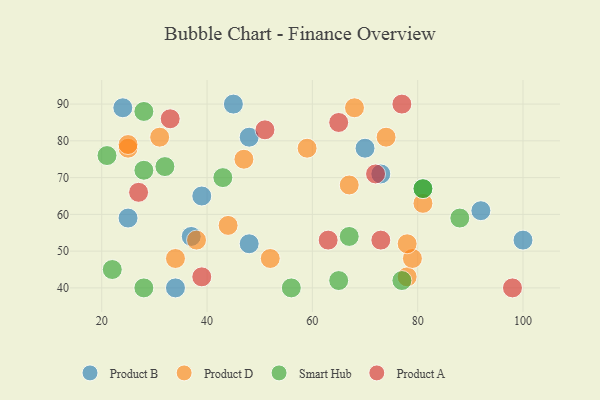
{"axis": {"x": "GDP", "y": "Life Expectancy"}, "legend": ["Product A", "Product B", "Product D", "Smart Hub"], "data": [{"x": "39", "y": 65, "type": "Product B"}, {"x": "70", "y": 78, "type": "Product B"}, {"x": "24", "y": 89, "type": "Product B"}, {"x": "34", "y": 40, "type": "Product B"}, {"x": "73", "y": 71, "type": "Product B"}, {"x": "45", "y": 90, "type": "Product B"}, {"x": "37", "y": 54, "type": "Product B"}, {"x": "100", "y": 53, "type": "Product B"}, {"x": "48", "y": 52, "type": "Product B"}, {"x": "48", "y": 81, "type": "Product B"}, {"x": "25", "y": 59, "type": "Product B"}, {"x": "92", "y": 61, "type": "Product B"}, {"x": "44", "y": 57, "type": "Product D"}, {"x": "81", "y": 63, "type": "Product D"}, {"x": "59", "y": 78, "type": "Product D"}, {"x": "78", "y": 43, "type": "Product D"}, {"x": "25", "y": 78, "type": "Product D"}, {"x": "34", "y": 48, "type": "Product D"}, {"x": "68", "y": 89, "type": "Product D"}, {"x": "38", "y": 53, "type": "Product D"}, {"x": "31", "y": 81, "type": "Product D"}, {"x": "52", "y": 48, "type": "Product D"}, {"x": "79", "y": 48, "type": "Product D"}, {"x": "67", "y": 68, "type": "Product D"}, {"x": "78", "y": 52, "type": "Product D"}, {"x": "74", "y": 81, "type": "Product D"}, {"x": "47", "y": 75, "type": "Product D"}, {"x": "25", "y": 79, "type": "Product D"}, {"x": "28", "y": 88, "type": "Smart Hub"}, {"x": "81", "y": 67, "type": "Smart Hub"}, {"x": "88", "y": 59, "type": "Smart Hub"}, {"x": "67", "y": 54, "type": "Smart Hub"}, {"x": "28", "y": 40, "type": "Smart Hub"}, {"x": "77", "y": 42, "type": "Smart Hub"}, {"x": "65", "y": 42, "type": "Smart Hub"}, {"x": "22", "y": 45, "type": "Smart Hub"}, {"x": "28", "y": 72, "type": "Smart Hub"}, {"x": "21", "y": 76, "type": "Smart Hub"}, {"x": "81", "y": 67, "type": "Smart Hub"}, {"x": "56", "y": 40, "type": "Smart Hub"}, {"x": "43", "y": 70, "type": "Smart Hub"}, {"x": "32", "y": 73, "type": "Smart Hub"}, {"x": "77", "y": 90, "type": "Product A"}, {"x": "63", "y": 53, "type": "Product A"}, {"x": "33", "y": 86, "type": "Product A"}, {"x": "27", "y": 66, "type": "Product A"}, {"x": "98", "y": 40, "type": "Product A"}, {"x": "51", "y": 83, "type": "Product A"}, {"x": "72", "y": 71, "type": "Product A"}, {"x": "65", "y": 85, "type": "Product A"}, {"x": "73", "y": 53, "type": "Product A"}, {"x": "39", "y": 43, "type": "Product A"}]}